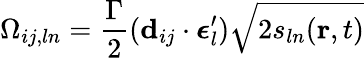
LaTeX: \Omega_{ij,ln}=\frac{\Gamma}{2}(\mathbf{d}_{ij}\cdot\boldsymbol{\epsilon}_{l}^{\prime})\sqrt{2s_{ln}(\mathbf{r},t)}